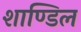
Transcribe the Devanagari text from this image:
शाण्डिल